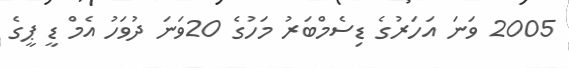
2005 ވަނަ އަހަރުގެ ޑިސެމްބަރު މަހުގެ 20ވަނަ ދުވަހު އެމް ޑީ ޕީގެ